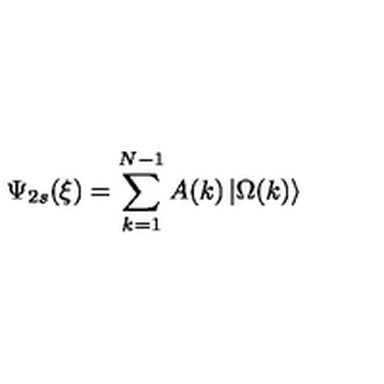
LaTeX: \Psi _ { 2 s } ( \xi ) = \sum _ { k = 1 } ^ { N - 1 } A ( k ) \left| \Omega ( k ) \right\rangle